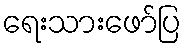
ရေးသားဖော်ပြ